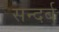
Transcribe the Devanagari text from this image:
सन्दर्ब